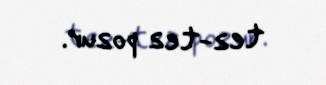
tez-tez pozur.